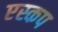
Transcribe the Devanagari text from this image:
एस्कप